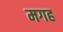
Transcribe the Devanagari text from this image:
मगह